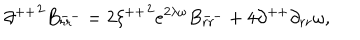
{ \partial ^ { + + } } ^ { 2 } B _ { r r } ^ { -- } = 2 { \xi ^ { + + } } ^ { 2 } e ^ { 2 \lambda \omega } B _ { r r } ^ { -- } + 4 \partial ^ { + + } \partial _ { r r } \omega ,